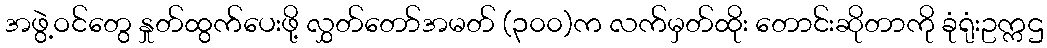
အဖွဲ့ဝင်တွေ နှုတ်ထွက်ပေးဖို့ လွှတ်တော်အမတ် (၃၀၀)က လက်မှတ်ထိုး တောင်းဆိုတာကို ခုံရုံးဥက္ကဌ